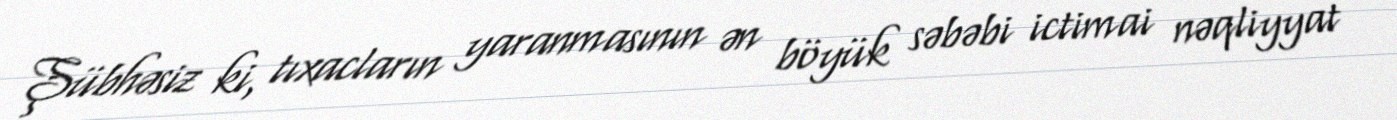
Şübhəsiz ki, tıxacların yaranmasının ən böyük səbəbi ictimai nəqliyyat